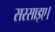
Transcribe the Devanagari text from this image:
सरसाइए।